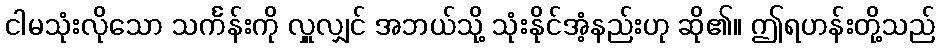
ငါမသုံးလိုသော သင်္ကန်းကို လှူလျှင် အဘယ်သို့ သုံးနိုင်အံ့နည်းဟု ဆို၏။ ဤရဟန်းတို့သည်